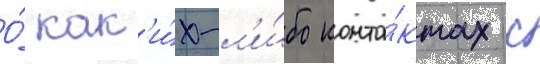
О́ как'и́х-л'и́бо конта́ктах с